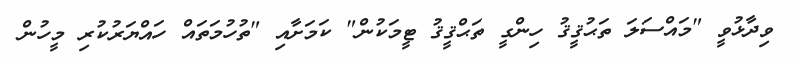
ވިދާޅުވީ "މައްސަލަ ތަޙުޤީޤު ހިންގީ ތަޙްޤީޤު ޓީމަކުން" ކަމަށާއި "ތުހުމަތައް ހައްޔަރުކުރި މީހުން